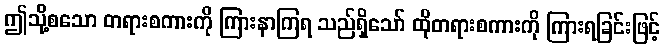
ဤသို့စသော တရားစကားကို ကြားနာကြရ သည်ရှိသော် ထိုတရားစကားကို ကြားရခြင်းဖြင့်